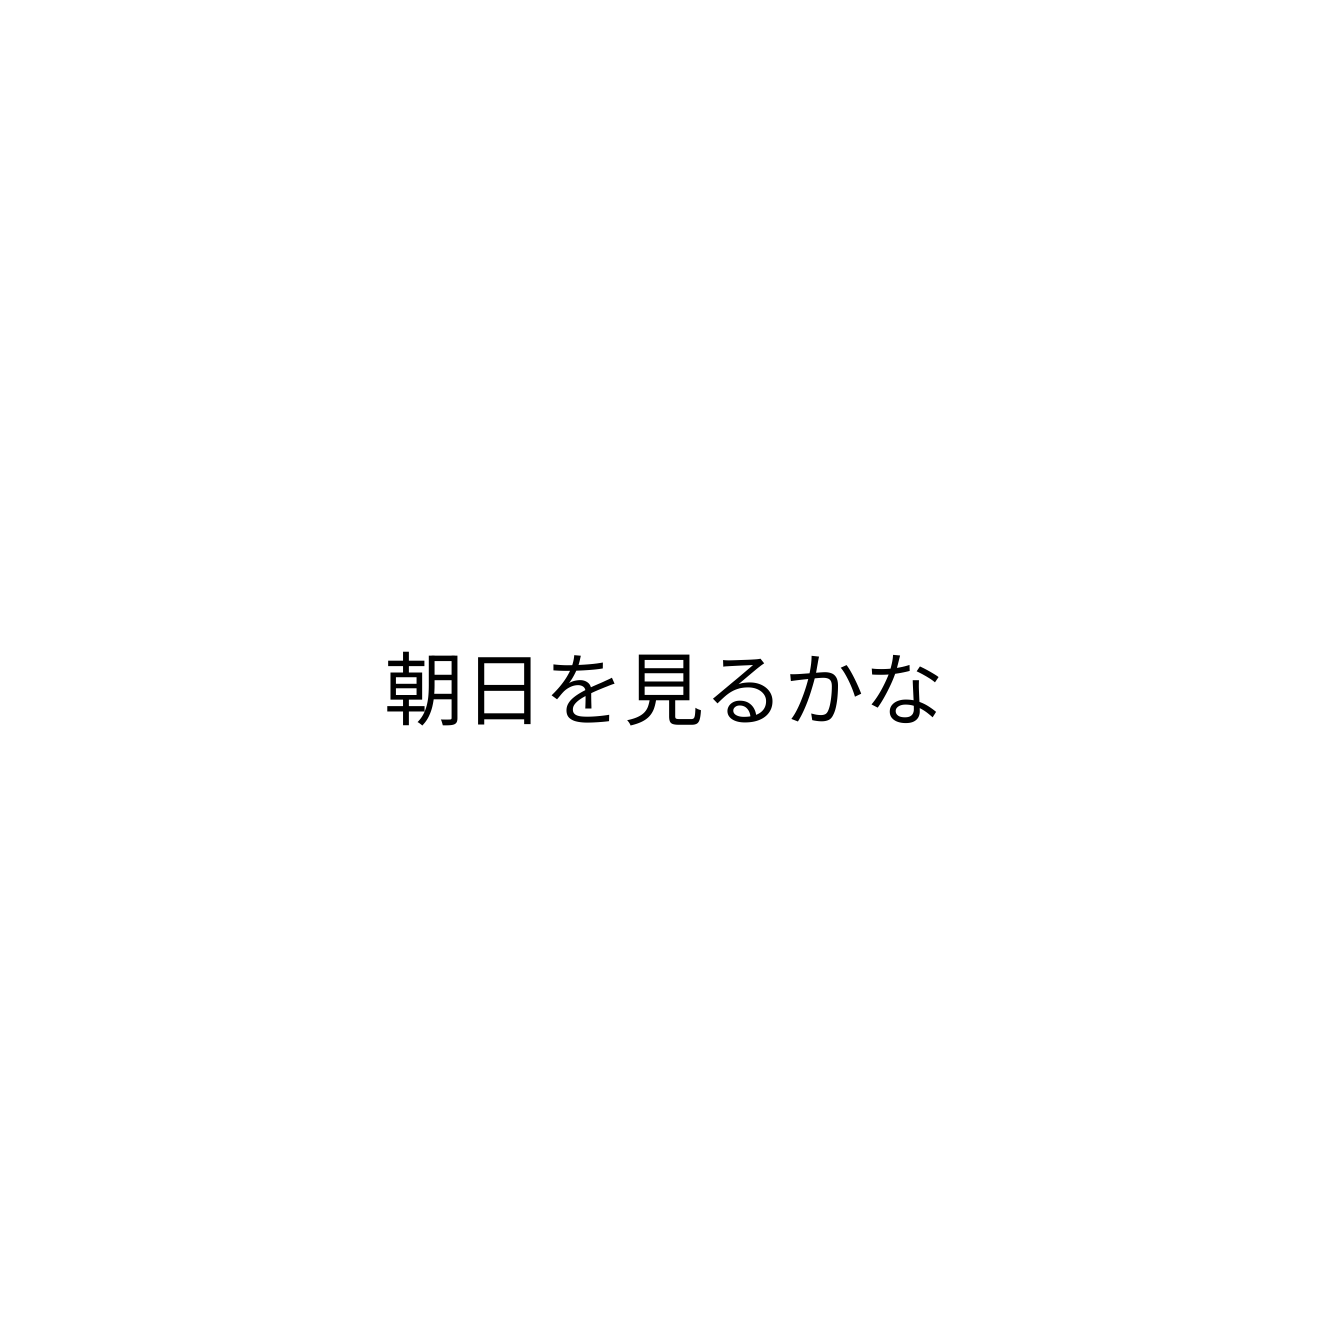
朝日を見るかな